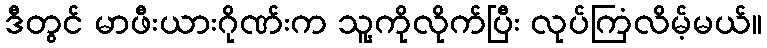
ဒီတွင် မာဖီးယားဂိုဏ်းက သူ့ကိုလိုက်ပြီး လုပ်ကြံလိမ့်မယ်။